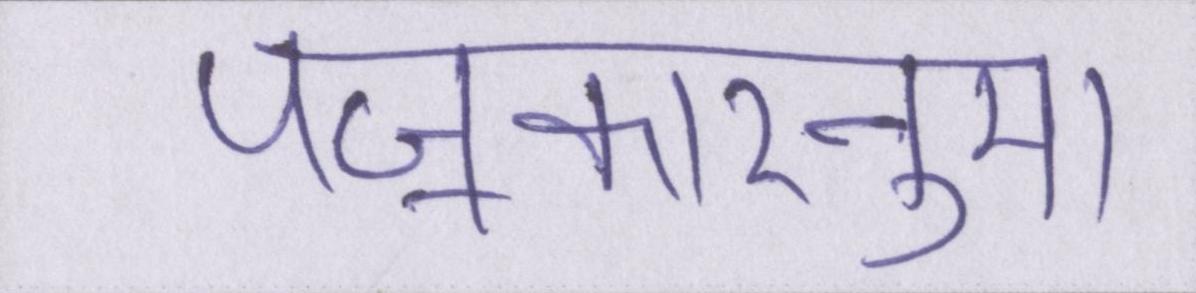
पॼकारनुमा